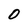
Character: 0